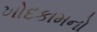
ખોદકામનો